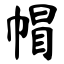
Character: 帽